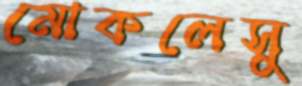
মোকলেসু